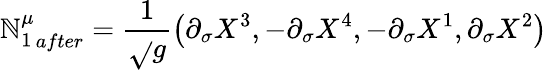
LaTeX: {\mathbb{N}_{1}^{\mu}}_{after}=\frac{1}{{\sqrt{}{{g}}}}\big(\partial_{\sigma}X^{3},-\partial_{\sigma}X^{4},-\partial_{\sigma}X^{1},\partial_{\sigma}X^{2}\big)